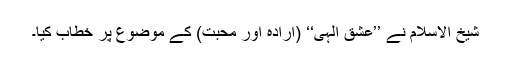
شیخ الاسلام نے ’’عشق الہی‘‘ (ارادہ اور محبت) کے موضوع پر خطاب کیا۔